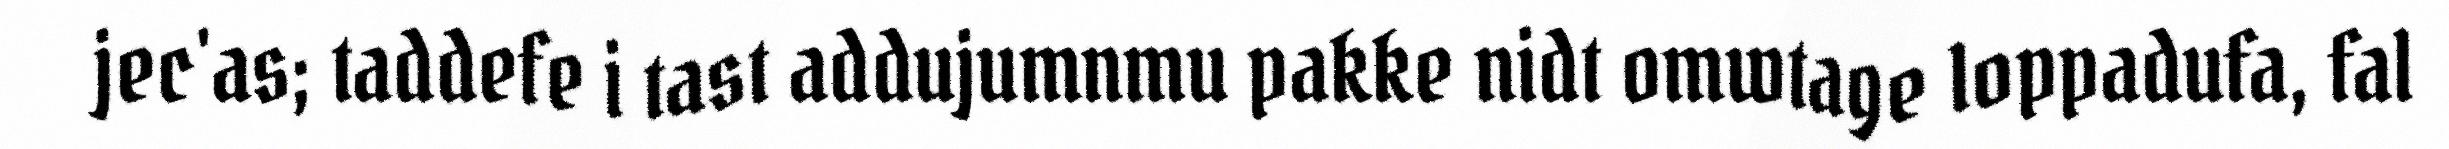
jec'as; taddefe i tast addujumnmu pakke nidt omwtage loppadufa, fal